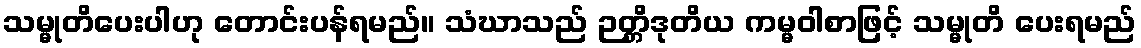
သမ္မုတိပေးပါဟု တောင်းပန်ရမည်။ သံဃာသည် ဉတ္တိဒုတိယ ကမ္မဝါစာဖြင့် သမ္မုတိ ပေးရမည်